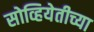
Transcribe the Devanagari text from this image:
सोव्हियेतीच्या